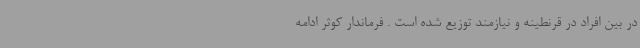
در بین افراد در قرنطینه و نیازمند توزیع شده است . فرماندار کوثر ادامه